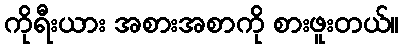
ကိုရီးယား အစားအစာကို စားဖူးတယ်။